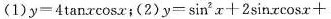
(1)y=4tanxcosx；(2) $$y= \sin ^{2}x+2 \sin x \cos x+